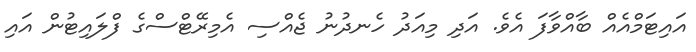
އައިޓަމްއެއް ބާއްވާފަ އެވެ. އަދި މިއަދު ހެނދުނު ޖެއްސި އެމިރޭޓްސްގެ ފްލައިޓުން އައި